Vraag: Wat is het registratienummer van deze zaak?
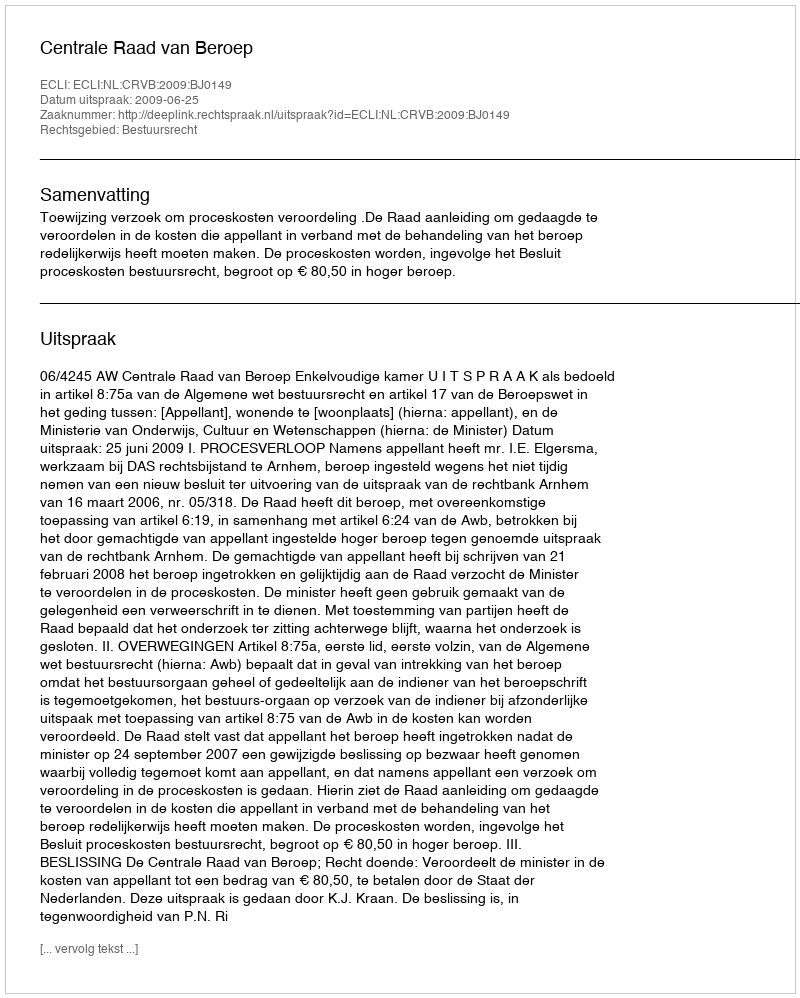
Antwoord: http://deeplink.rechtspraak.nl/uitspraak?id=ECLI:NL:CRVB:2009:BJ0149